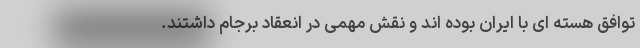
توافق هسته ای با ایران بوده اند و نقش مهمی در انعقاد برجام داشتند.